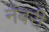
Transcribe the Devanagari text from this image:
नंबरी